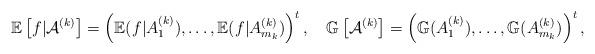
LaTeX: \begin{align*}\mathbb{E}\left[f|\mathcal{A}^{(k)}\right]=\left( \mathbb{E(}f|A_{1}^{(k)}),\dots,\mathbb{E}(f|A_{m_{k}}^{(k)})\right) ^{t},\quad\mathbb{G}\left[\mathcal{A}^{(k)}\right]=\left( \mathbb{G}(A_{1}^{(k)}),\dots,\mathbb{G}(A_{m_{k}}^{(k)})\right) ^{t},\end{align*}